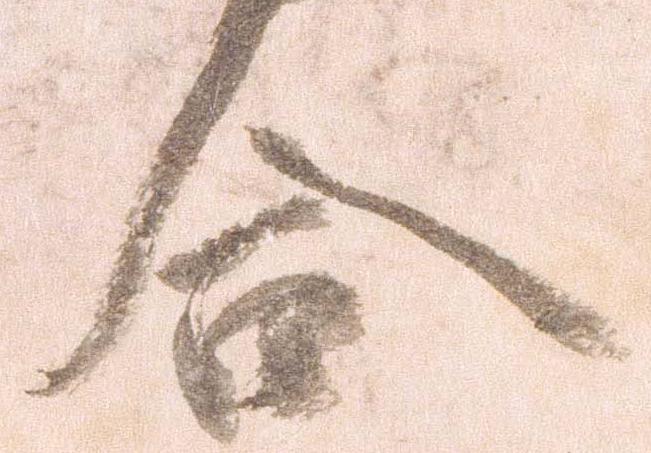
合